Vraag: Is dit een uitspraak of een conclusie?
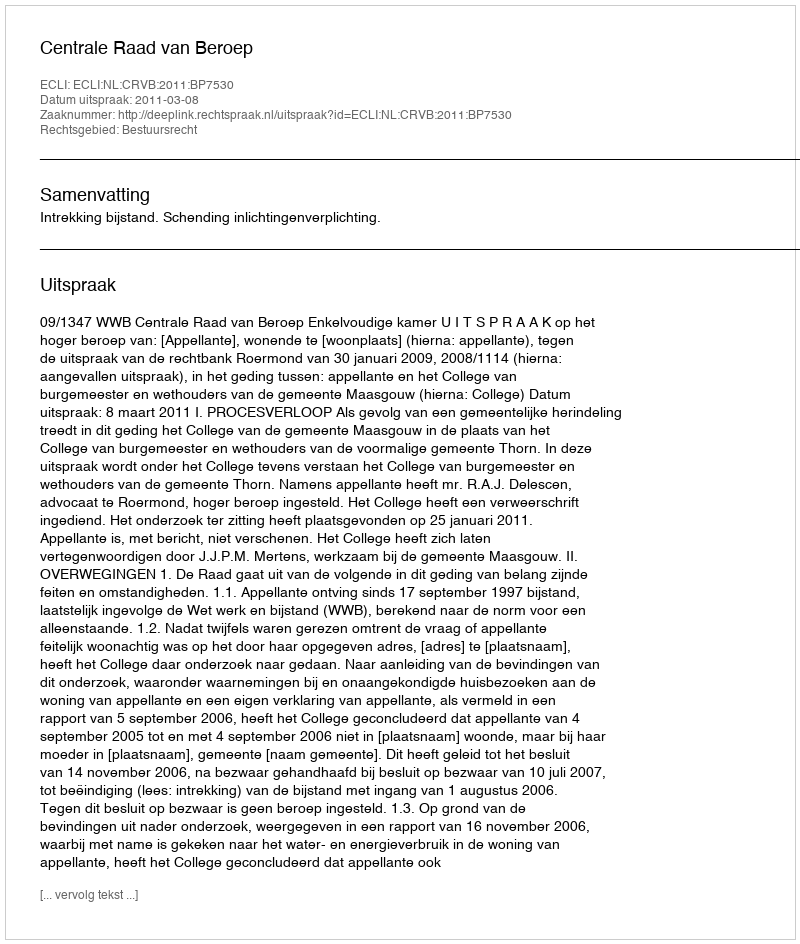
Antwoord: Uitspraak